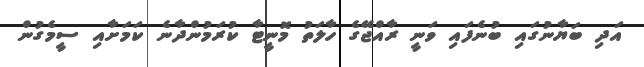
އަދި ބަޔާނުގައި ބުނެފައި ވަނީ ރާއްޖޭގެ ހާލަތު މޮނީޓާ ކުރަމުންދާނެ ކަމަށާއި ސީމެގުން